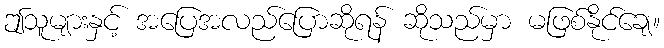
ဤသူများနှင့် အပြေအလည်ပြောဆိုရန် ဆိုသည်မှာ မဖြစ်နိုင်ချေ။